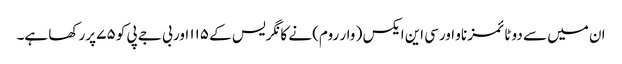
ان میں سے دو ٹائمز ناو اورسی این ایکس ( وار روم) نے کانگریس کے ۱۱۵ اور بی جے پی کو ۷۵ پرر کھا ہے۔